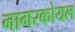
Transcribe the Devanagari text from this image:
नागरकोयल